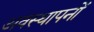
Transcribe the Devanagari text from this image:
अवस्थापनों